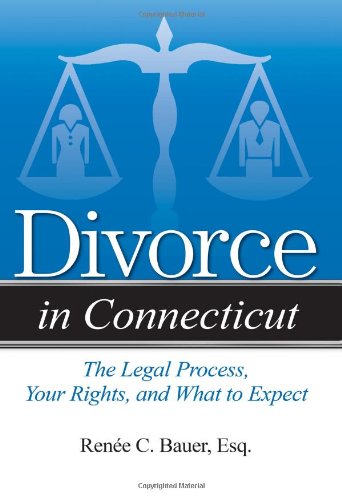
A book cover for Divorce in Connecticut: The Legal Process, Your Rights, and What to Expect; ReneÃ© C. Bauer Esq.; Law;